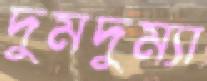
দুমদুম্যা